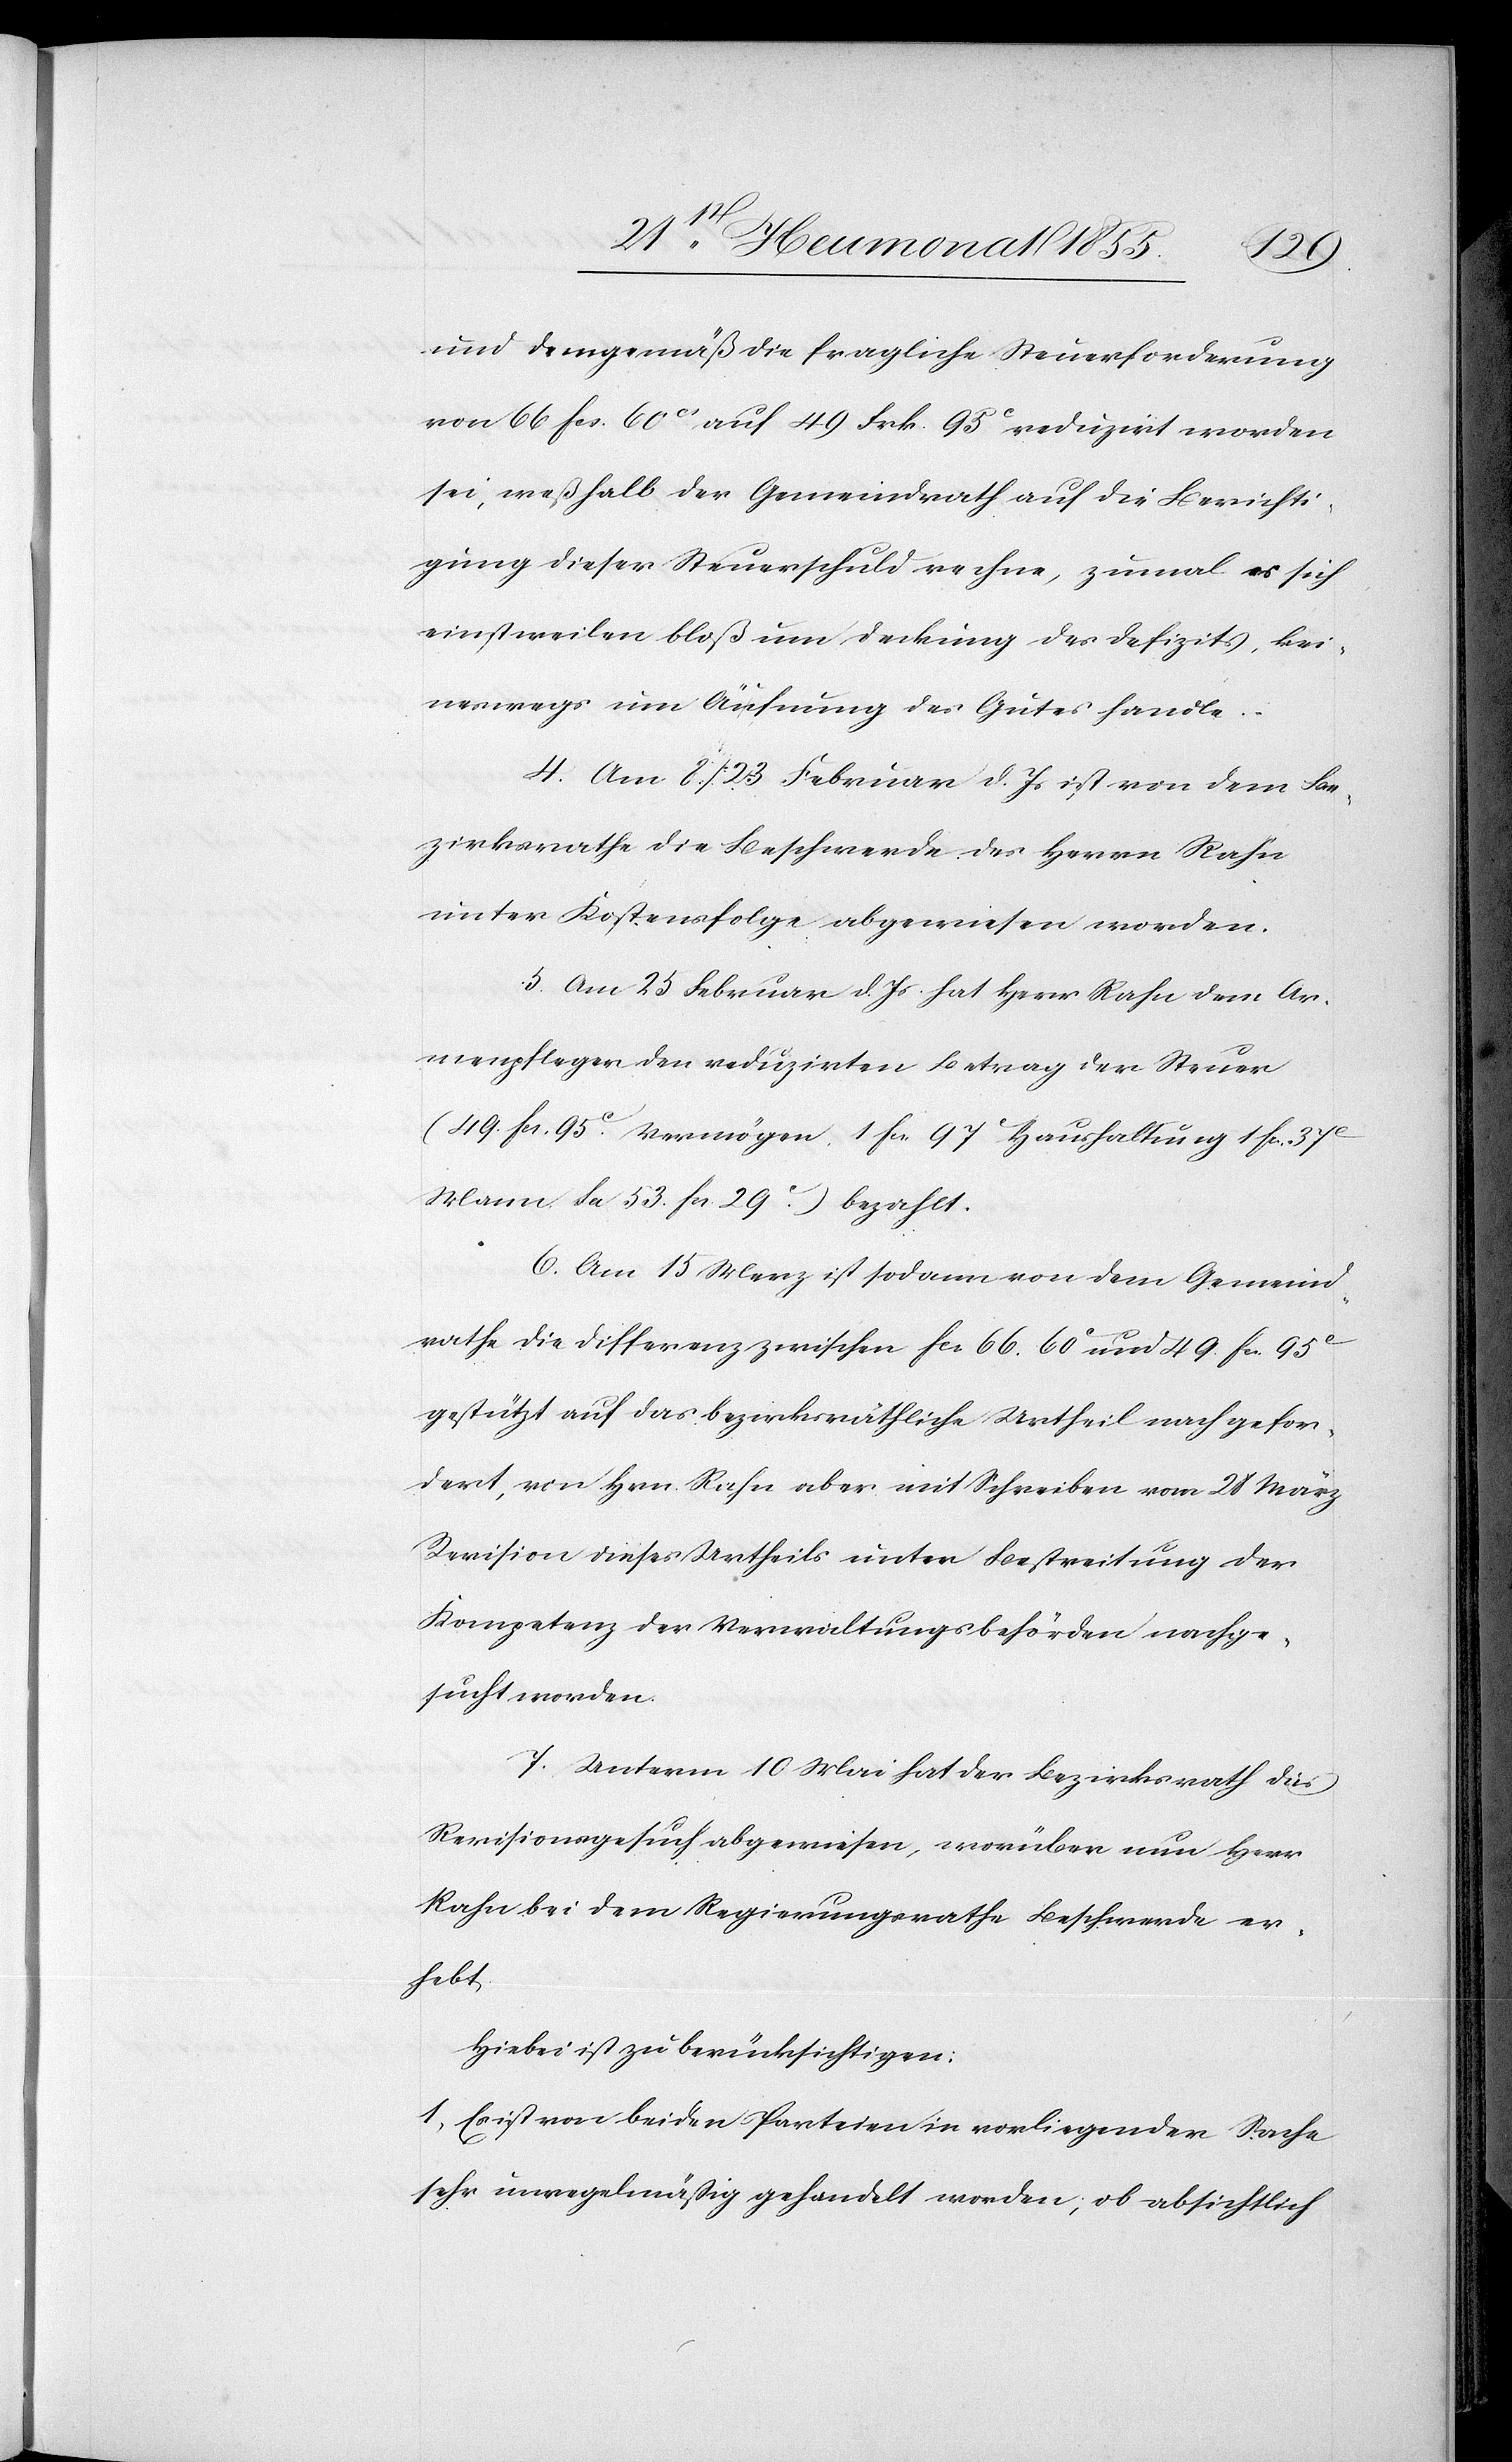
und demgemäß die fragliche Steuerforderung
von 66 Fcs. 60Cs auf 49 Frk. 95C reduzirt worden
sei, weßhalb der Gemeindrath auf die Berichti¬
gung dieser Steuerschuld rechne, zumal es sich
einstweilen bloß um Deckung des Defizits, kei¬
neswegs um Äufnung des Gutes handle.
4. Am 8 / 23 Februar d. Js ist von dem Be¬
zirksrathe die Beschwerde des Herrn Rahn
unter Kostensfolge abgewiesen worden.
5. Am 25 Februar d. Js. hat Herr Rahn dem Ar¬
menpfleger den reduzirten Betrag der Steuer
(49. Fcs. 95C. Vermögen, 1 Fcs. 97C Haushaltung[,] 1 Fcs. 37C
Mann. Sa. 53. Fcs. 29C.) bezahlt.
6. Am 15 Merz ist sodann von dem Gemeind¬
rathe die Differenz zwischen Fcs. 66. 60C und 49. Fcs. 95C
gestützt auf das bezirksräthliche Urtheil nachgefor¬
dert, von Hrn. Rahn aber mit Schreiben vom 28 März
Revision dieses Urtheils unter Bestreitung der
Kompetenz der Verwaltungsbehörden nachge¬
sucht worden.
7. Unterm 10 Mai hat der Bezirksrath dies
Revisionsgesuch abgewiesen, worüber nun Herr
Rahn bei dem Regierungsrathe Beschwerde er¬
hebt.
Hiebei ist zu berücksichtigen:
1, Es ist von beiden Parteien in vorliegender Sache
sehr unregelmäßig gehandelt worden; ob absichtlich